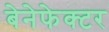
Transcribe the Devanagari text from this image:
बेनेफेक्टर